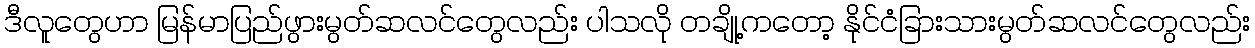
ဒီလူတွေဟာ မြန်မာပြည်ဖွားမွတ်ဆလင်တွေလည်း ပါသလို တချို့ကတော့ နိုင်ငံခြားသားမွတ်ဆလင်တွေလည်း